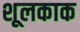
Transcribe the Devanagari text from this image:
शूलकाक